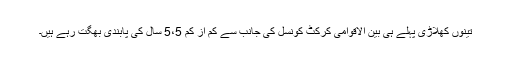
تینوں کھلاڑی پہلے ہی بین الاقوامی کرکٹ کونسل کی جانب سے کم از کم 5،5 سال کی پابندی بھگت رہے ہیں۔